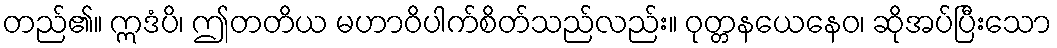
တည်၏။ ဣဒံပိ၊ ဤတတိယ မဟာဝိပါက်စိတ်သည်လည်း။ ဝုတ္တနယေနေဝ၊ ဆိုအပ်ပြီးသော